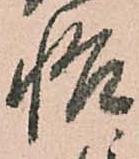
悟